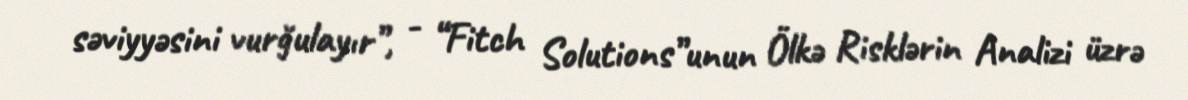
səviyyəsini vurğulayır”, - “Fitch Solutions”unun Ölkə Risklərin Analizi üzrə